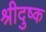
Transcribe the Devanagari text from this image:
श्रीदुष्क